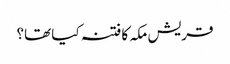
قریش مکہ کا فتنہ کیا تھا؟